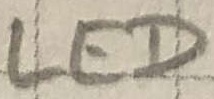
Text: LED